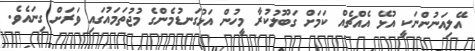
އޭލިއަނުންނަކީ އުޅޭ އެއްޗެއް ކަމަށް ގަބޫލުކުރާ މީހުން އަޅުގަނޑުމެންގެ މުޖުތަމައުގައި ވަރަށް ގިނައެވެ.